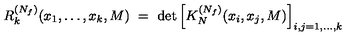
R _ { k } ^ { ( N _ { f } ) } ( x _ { 1 } , \ldots , x _ { k } , M ) \ = \ \det \left[ K _ { N } ^ { ( N _ { f } ) } ( x _ { i } , x _ { j } , M ) \right] _ { i , j = 1 , \ldots , k }